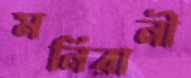
মনিরানী